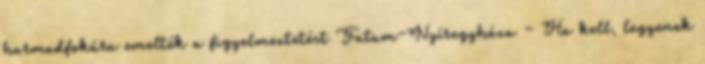
harmadfokúra emelték a figyelmeztetést Fatum-Nyíregyháza – Ha kell, legyenek